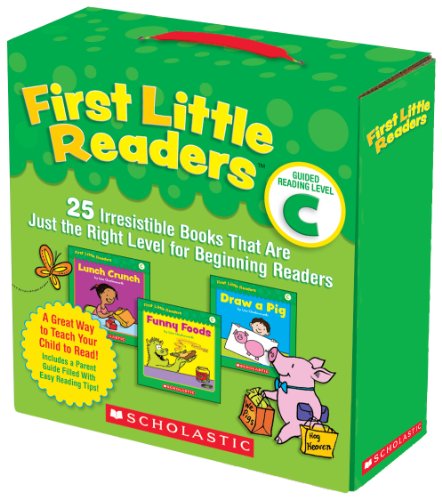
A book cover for First Little Readers Parent Pack: Guided Reading Level C: 25 Irresistible Books That Are Just the Right Level for Beginning Readers; Liza Charlesworth; Education & Teaching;